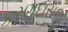
કરણદાસજી